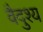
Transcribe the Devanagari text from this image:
वैदुश्य